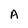
Character: A